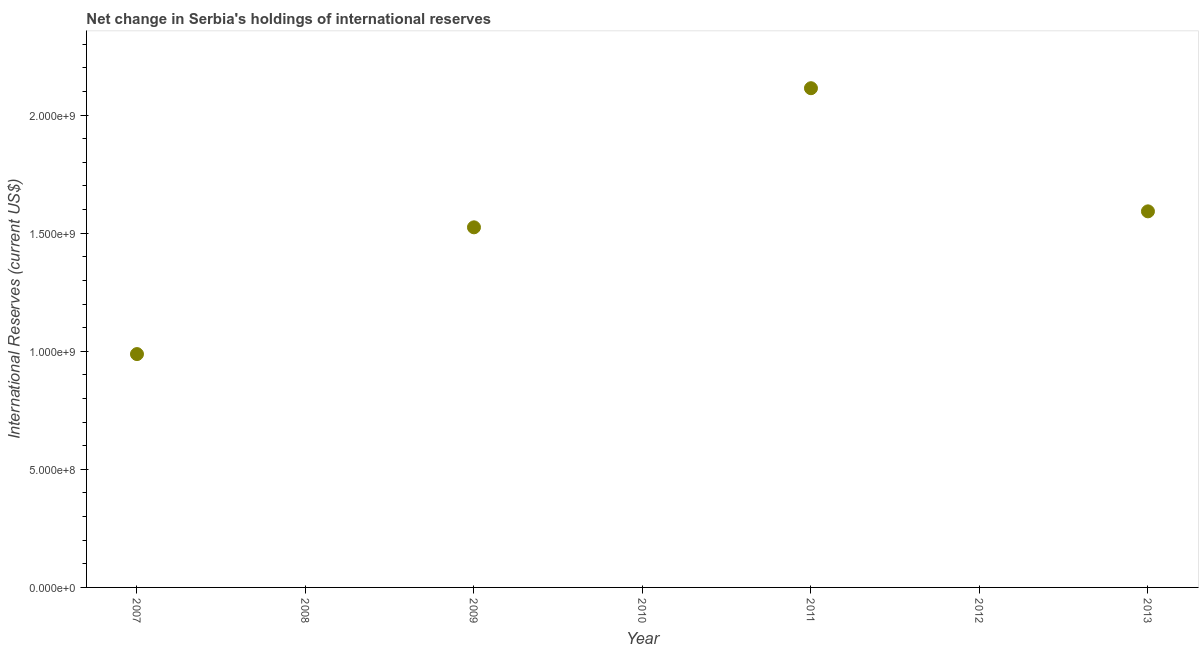
| Year | Reserves and related items |
 | --- | --- |
 | 2007 | 9.88e+08 |
 | 2008 | -2.75e+09 |
 | 2009 | 1.52e+09 |
 | 2010 | -1.98e+09 |
 | 2011 | 2.11e+09 |
 | 2012 | -1.39e+09 |
 | 2013 | 1.59e+09 |